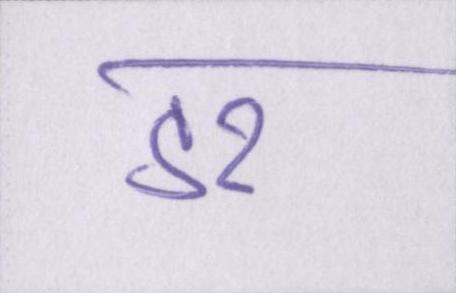
डर